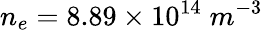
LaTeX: n_{e}=8.89\times 10^{14}\; m^{-3}